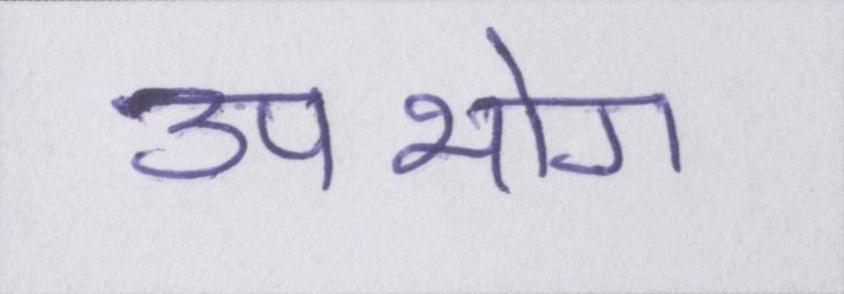
उपभोग